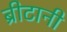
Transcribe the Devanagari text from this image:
ब्रीटानी